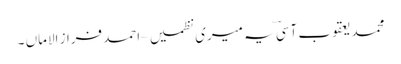
محمد یعقوب آسیؔ یہ میری نظمیں– احمد فراز الاماں ۔